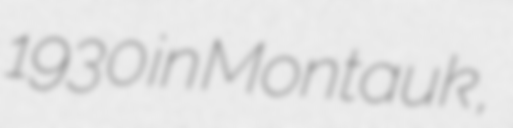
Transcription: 1930 in Montauk,